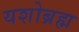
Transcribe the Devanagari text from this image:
यशोब्रह्म